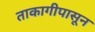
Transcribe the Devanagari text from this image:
ताकागीपासून